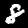
Label: 8